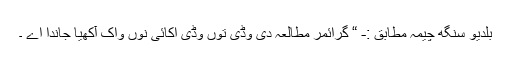
بلدیو سنگھ چیمہ مطابق :- “ گرائمر مطالعہ دی وڈی توں وڈی اکائی نوں واک آکھیا جاندا اے ۔